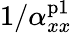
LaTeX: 1/\alpha_{xx}^{\mathrm{p1}}